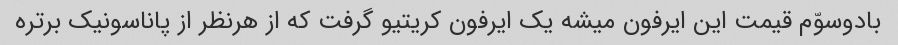
بادوسوّم قیمت این ایرفون میشه یک ایرفون کریتیو گرفت که از هرنظر از پاناسونیک برتره